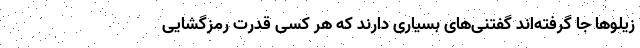
زیلوها جا گرفته‌اند گفتنی‌های بسیاری دارند که هر کسی قدرت رمزگشایی